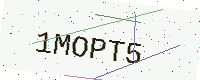
Text: 1MOPT5